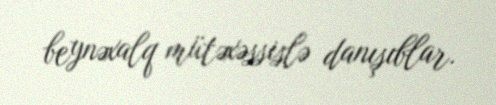
beynəxalq mütəxəssislə danışıblar.